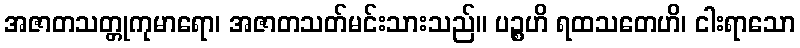
အဇာတသတ္တုကုမာရော၊ အဇာတသတ်မင်းသားသည်။ ပဉ္စဟိ ရထသတေဟိ၊ ငါးရာသော